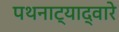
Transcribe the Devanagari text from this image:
पथनाट्याद्वारे